Trukikaitis_Postimees, lk 219
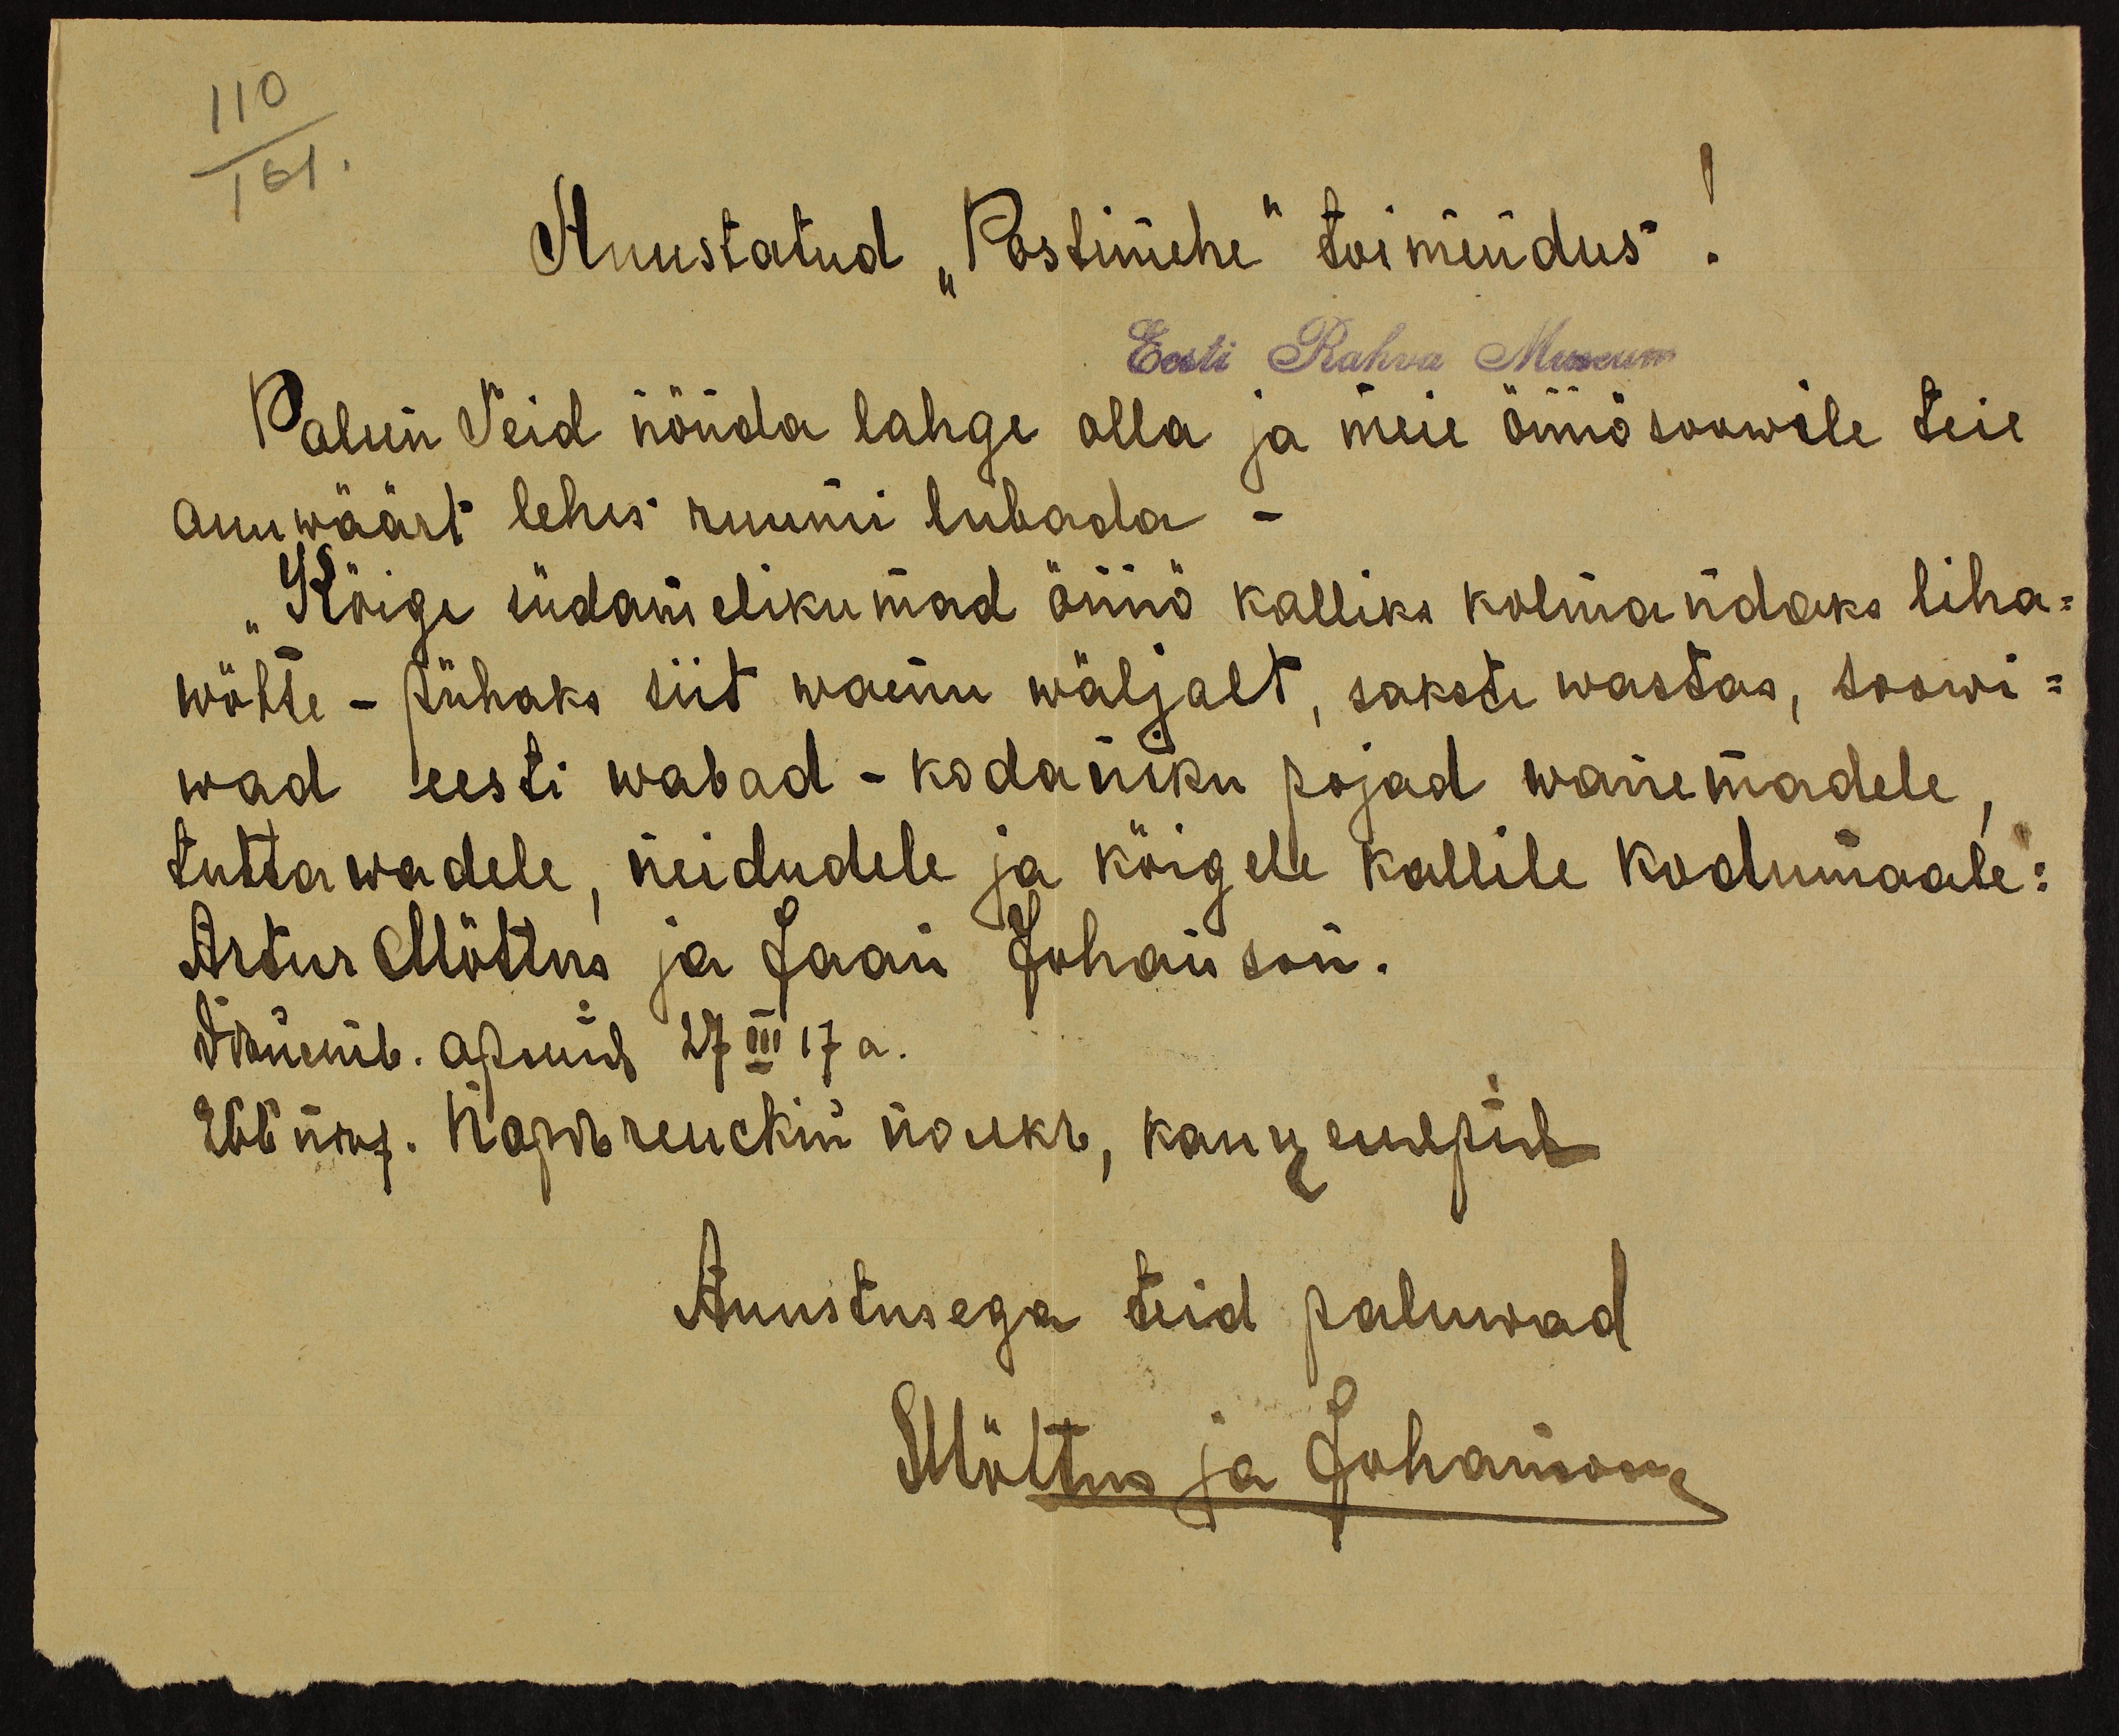
110
161.
Auustatud "Postimehe" toimendus!
Eesti Rahva Museum
Palun Teid nõnda lahge olla ja meie õnnõsoowile teie
auuwäärt lehes ruumi lubada -
Kõige südamelikumad õnnõ kalliks kolmandaks liha-
wõtte - pühaks siit waenu wäljalt, sakste wastas, soowi-
wad eesti wabad - kodaniku pojad wanemadele
tuttawadele, neidudele ja kõigelle kallile kodumaale:
Artur Mõttus ja Jaan Juhannson.
danemib. apuid 27 III 17 a.
Wenna. Похьчиский молекъ, kannu euupib
Auustusega teid paluwad
Mõttus ja Johannson